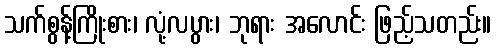
သက်စွန့်ကြိုးစား၊ လုံ့လပွား၊ ဘုရား အလောင်း ဖြည့်သတည်း။